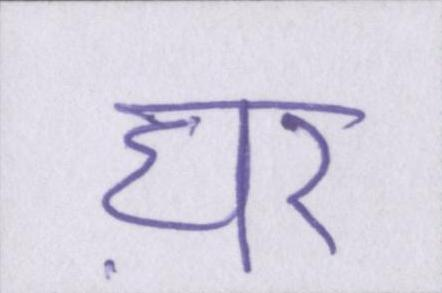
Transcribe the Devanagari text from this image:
घऱ